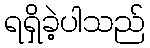
ရရှိခဲ့ပါသည်